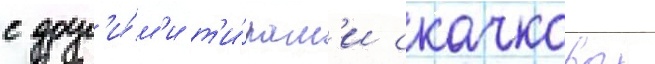
с друг'и́м'и т'и́пам'и скачковых